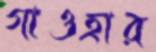
গাওহার